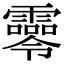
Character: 𩆖